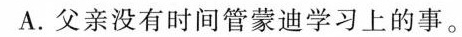
A.父亲没有时间管蒙迪学习上的事。